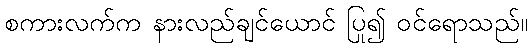
စကားလက်က နားလည်ချင်ယောင် ပြု၍ ဝင်ရောသည်။